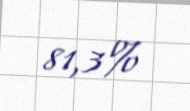
81,3%